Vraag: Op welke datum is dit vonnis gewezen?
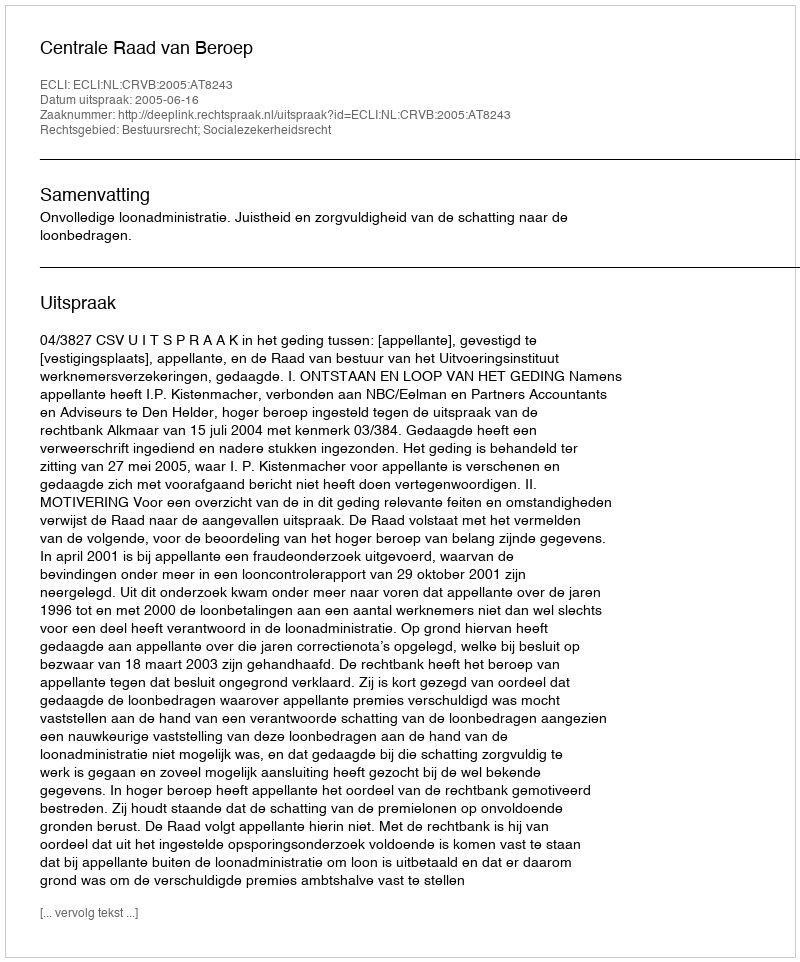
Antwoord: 2005-06-16